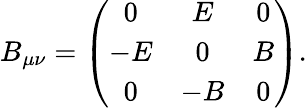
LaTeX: B_{\mu\nu}=\left(\begin{array}{ccc}{{0}}&{{E}}&{{0}}\\ {{-E}}&{{0}}&{{B}}\\ {{0}}&{{-B}}&{{0}}\end{array}\right).